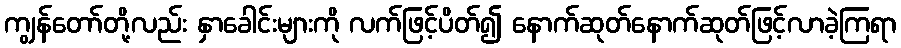
ကျွန်တော်တို့လည်း နှာခေါင်းများကို လက်ဖြင့်ပိတ်၍ နောက်ဆုတ်နောက်ဆုတ်ဖြင့်လာခဲ့ကြရာ